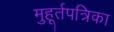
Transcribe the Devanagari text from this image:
मुहूर्तपत्रिका